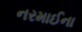
નરમાઈના